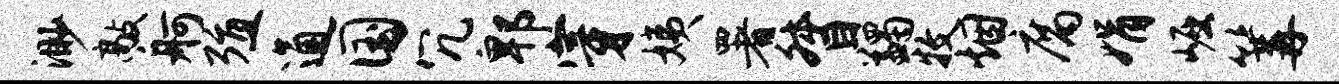
渺敲舸殖通国冗郫穿姨署督蠲牧烟腐娟崛篝